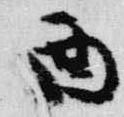
酉